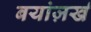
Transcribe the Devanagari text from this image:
बयांज़र्ख